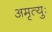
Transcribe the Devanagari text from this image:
अमृत्युः